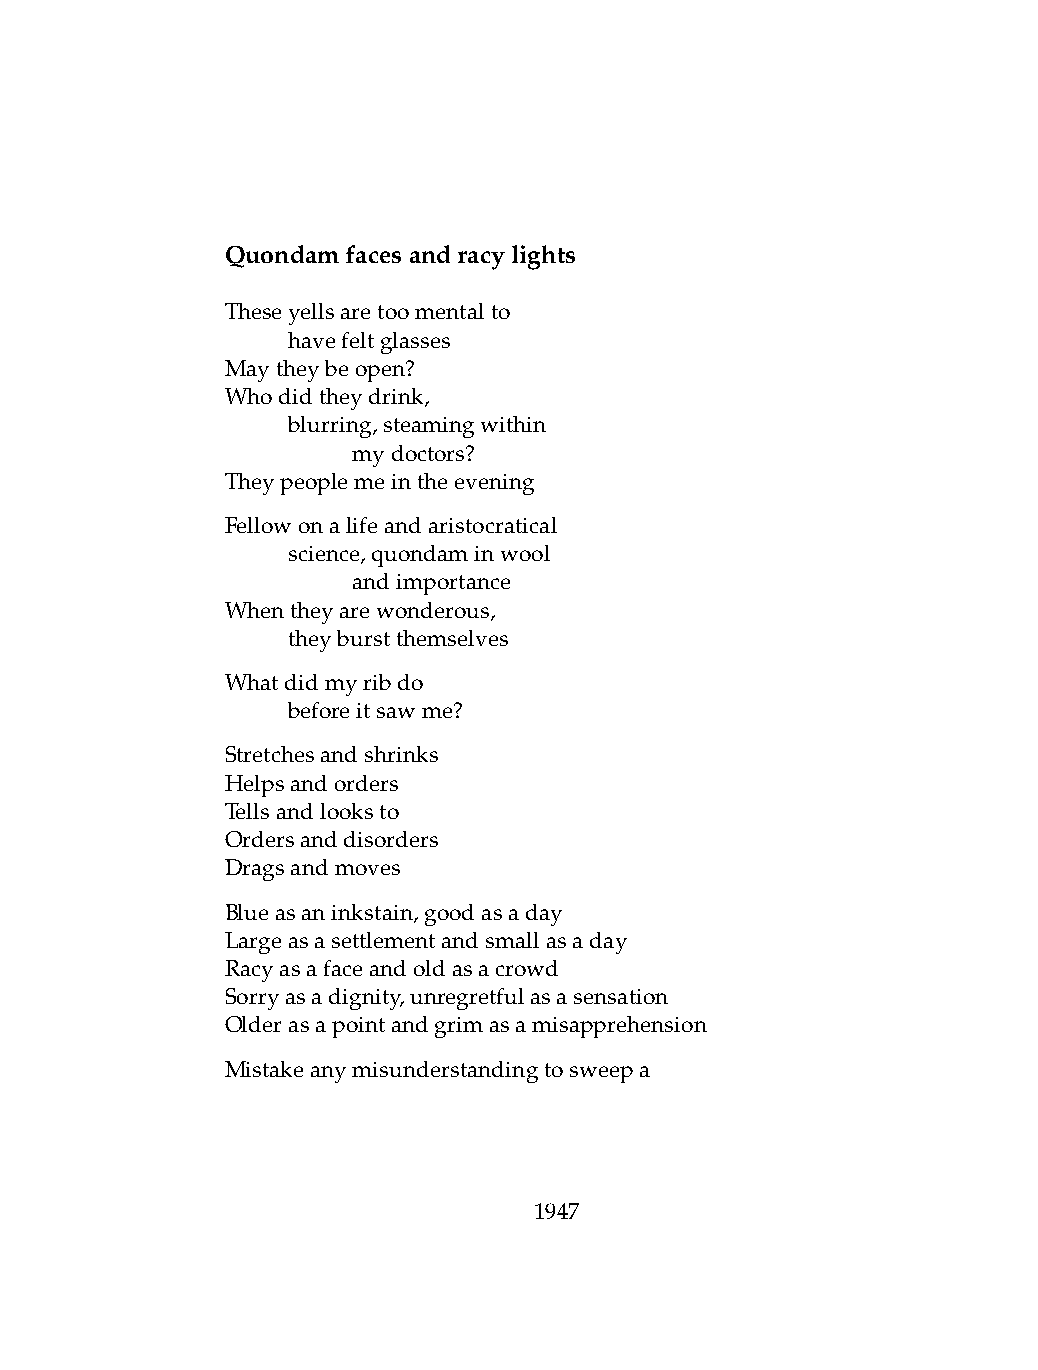
Quondamfacesandracylights
 Theseyellsaretoomentalto
 .   havefeltglasses
 Maytheybeopen?
 Whodidtheydrink,
 .   blurring,steamingwithin
 .   .   mydoctors?
 Theypeoplemeintheevening
 Fellowonalifeandaristocratical
 .   science,quondaminwool
 .   .   andimportance
 Whentheyarewonderous,
 .   theyburstthemselves
 Whatdidmyribdo
 .   beforeitsawme?
 Stretchesandshrinks
 Helpsandorders
 Tellsandlooksto
 Ordersanddisorders
 Dragsandmoves
 Blueasaninkstain,goodasaday
 Largeasasettlementandsmallasaday
 Racyasafaceandoldasacrowd
 Sorryasadignity,unregretfulasasensation
 Olderasapointandgrimasamisapprehension
 Mistakeanymisunderstandingtosweepa
 1947